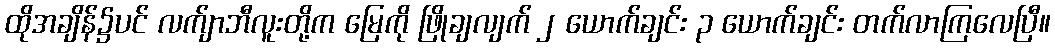
ထိုအချိန်၌ပင် လက်ျာဘီလူးတို့က မြေကို ဖြိုချလျက် ၂ ယောက်ချင်း ၃ ယောက်ချင်း တက်လာကြလေပြီ။